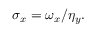
\sigma _ { x } = \omega _ { x } / \eta _ { y } .